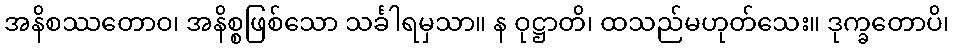
အနိစဿတောဝ၊ အနိစ္စဖြစ်သော သင်္ခါရမှသာ။ န ဝုဋ္ဌာတိ၊ ထသည်မဟုတ်သေး။ ဒုက္ခတောပိ၊